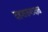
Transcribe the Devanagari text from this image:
दहशतवादात